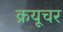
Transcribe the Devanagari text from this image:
क्रयूचर